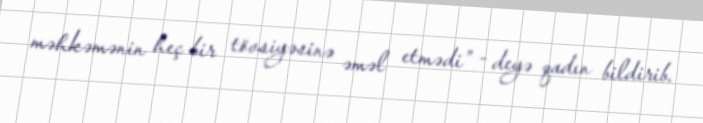
məhkəmənin heç bir tövsiyəsinə əməl etmədi” - deyə qadın bildirib.